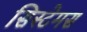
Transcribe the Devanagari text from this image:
सिस्टेमस